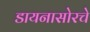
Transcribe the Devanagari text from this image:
डायनासोरचे